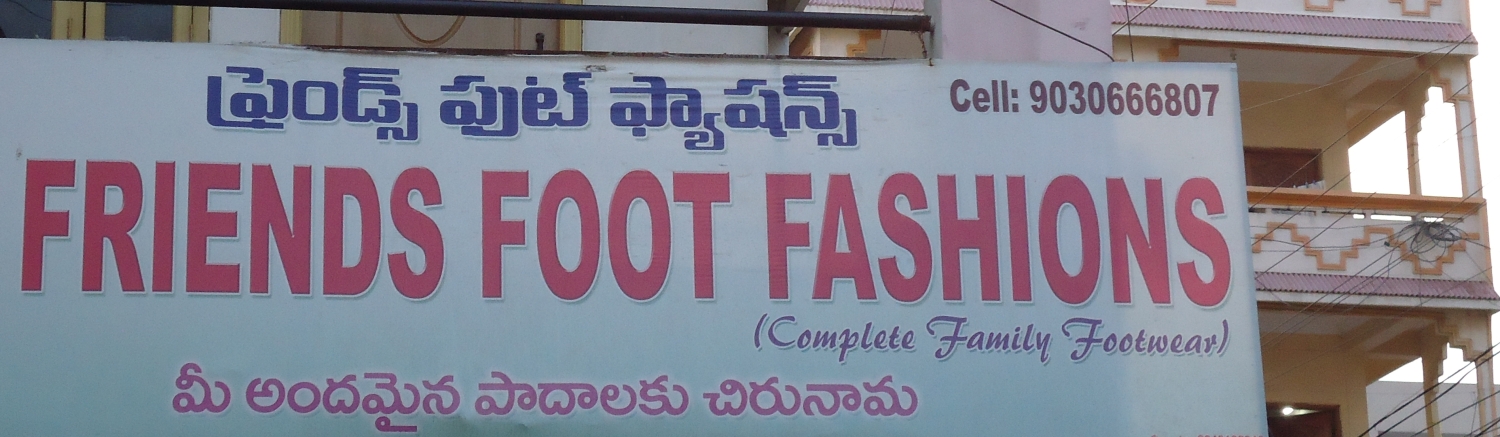
Language: telugu
Transcription: పుట్ అందమైన పాదాలకు చిరునామ ఫ్యాషన్స్ మీ ప్రైండ్స్